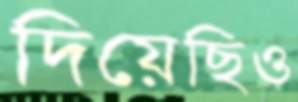
দিয়েছিও